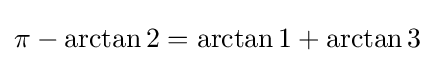
\pi -\arctan 2=\arctan 1+\arctan 3~